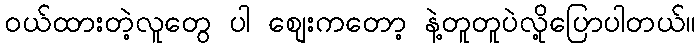
ဝယ်ထားတဲ့လူတွေ ပါ စျေးကတော့ နဲ့တူတူပဲလို့ပြောပါတယ်။